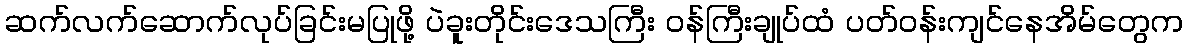
ဆက်လက်ဆောက်လုပ်ခြင်းမပြုဖို့ ပဲခူးတိုင်းဒေသကြီး ဝန်ကြီးချုပ်ထံ ပတ်ဝန်းကျင်နေအိမ်တွေက